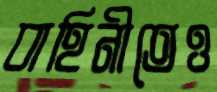
বাহিনীতেও